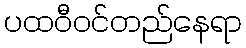
ပထဝီဝင်တည်နေရာ